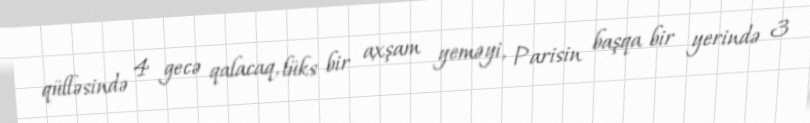
qülləsində 4 gecə qalacaq, lüks bir axşam yeməyi, Parisin başqa bir yerində 3